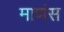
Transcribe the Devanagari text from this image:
माणंस